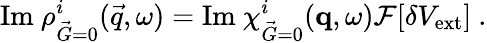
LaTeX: \mathrm{Im}~{\rho_{\vec{G}=0}^{i}(\vec{q},\omega)}=\mathrm{Im}~\chi_{\vec{G}=0}^{i}(\mathbf{q},\omega)\mathcal{F}[\delta V_{\mathrm{ext}}]\ .